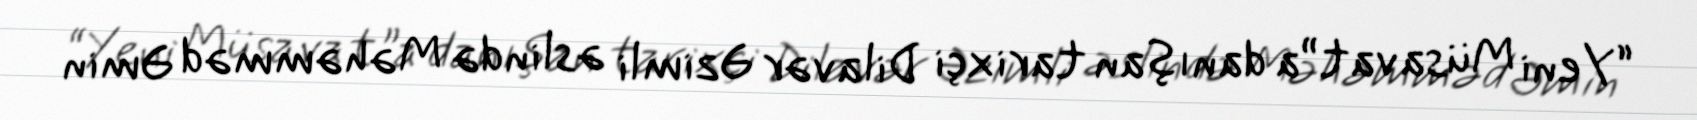
“Yeni Müsavat”a danışan tarixçi Dilavər Əzimli əslində Məhəmməd Əmin